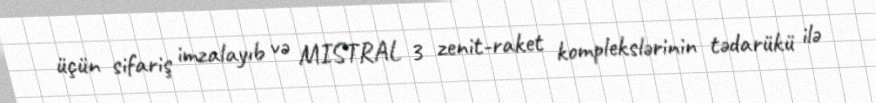
üçün sifariş imzalayıb və MISTRAL 3 zenit-raket komplekslərinin tədarükü ilə